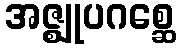
အဇ္ဈုပဂစ္ဆေ